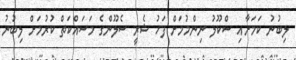
ލިބުނު ކަމަށާއި ސްކޫލު ނިންމުމަށް ފަހު ޝެރީ ސެލޫންގެ މަސައްކަތް ކުރުމަށް ލިބުނު